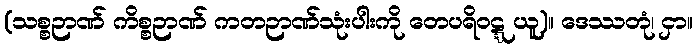
(သစ္စဉာဏ် ကိစ္စဉာဏ် ကတဉာဏ်သုံးပါးကို တေပရိဝဋ္ဋ ယူ)။ ဒေဿတုံ၊ ငှာ။